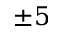
\pm 5